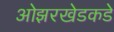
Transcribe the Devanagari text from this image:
ओझरखेडकडे